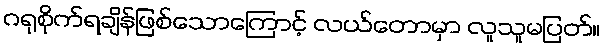
ဂရုစိုက်ရချိန်ဖြစ်သောကြောင့် လယ်တောမှာ လူသူမပြတ်။